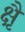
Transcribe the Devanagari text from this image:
क्षैृ